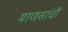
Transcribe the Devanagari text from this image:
माणसांचीं